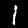
Label: 1